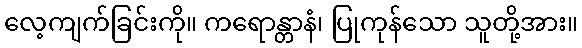
လေ့ကျက်ခြင်းကို။ ကရောန္တာနံ၊ ပြုကုန်သော သူတို့အား။